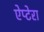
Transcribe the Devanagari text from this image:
ऐप्टेरा